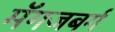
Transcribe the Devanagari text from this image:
मॅगजबर्ग